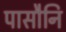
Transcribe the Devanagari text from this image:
पासौनि